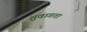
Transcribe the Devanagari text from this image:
शुवागता